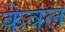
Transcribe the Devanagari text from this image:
केत्रल